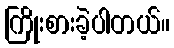
ကြိုးစားခဲ့ပါတယ်။